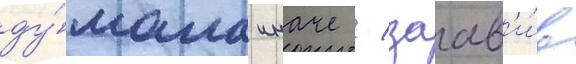
ду́мала иначе / заав'и́в